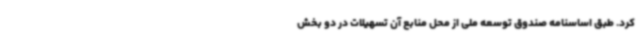
کرد. طبق اساسنامه صندوق توسعه ملی از محل منابع آن تسهیلات در دو بخش